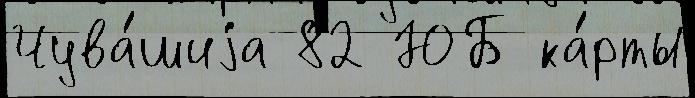
Чува́шиjа 82 ЮБ ка́рты